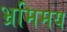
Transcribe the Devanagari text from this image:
भ्रमिमय